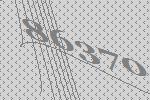
86370